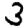
Digit: 3